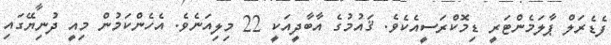
ފެޑެރަލް ޕާލަމެންޓަރީ ޑިމޮކްރަސީއެކެވެ. ޤައުމުގެ އާބާދީއަކީ 22 މިލިއަނެވެ. އެހެންކަމުން މިއީ ދުނިޔޭގައި